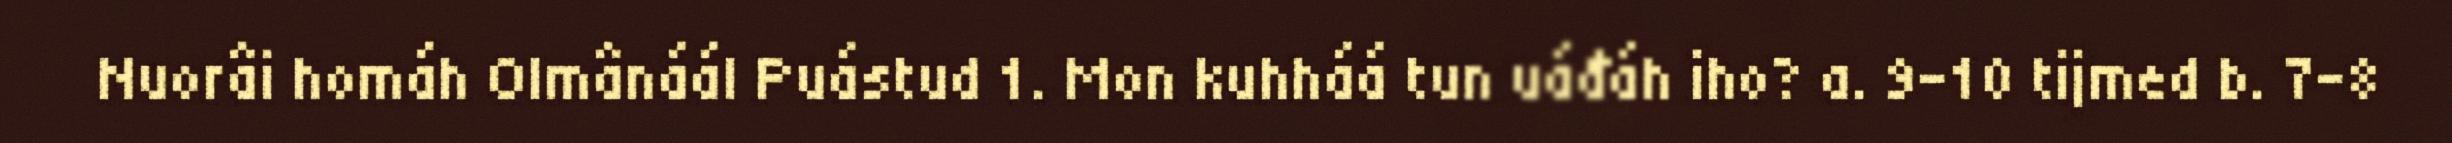
Nuorâi homáh Olmânáál Puástud 1. Mon kuhháá tun uáđáh iho? a. 9-10 tijmed b. 7-8